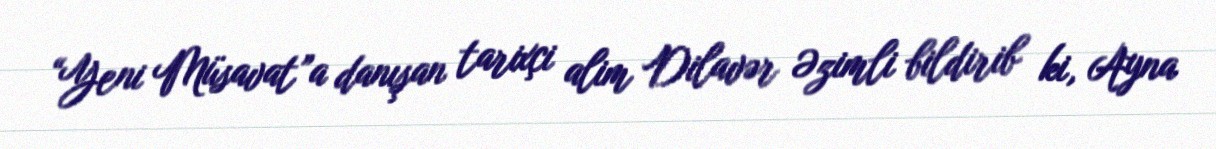
“Yeni Müsavat”a danışan tarixçi alim Dilavər Əzimli bildirib ki, Ayna